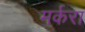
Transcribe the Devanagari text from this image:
मर्करा